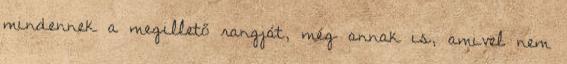
mindennek a megillető rangját, még annak is, amivel nem